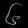
Digit: ၆